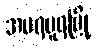
အမရပူရမြို့